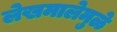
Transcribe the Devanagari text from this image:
लेखमालेमुळे